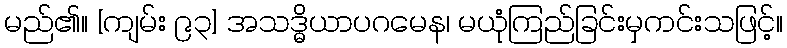
မည်၏။ [ကျမ်း ၉၃] အသဒ္ဓိယာပဂမေန၊ မယုံကြည်ခြင်းမှကင်းသဖြင့်။